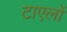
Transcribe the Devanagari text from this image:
टाएलों